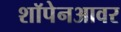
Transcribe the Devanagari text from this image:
शॉपेनआवर